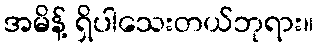
အမိန့် ရှိပါသေးတယ်ဘုရား။